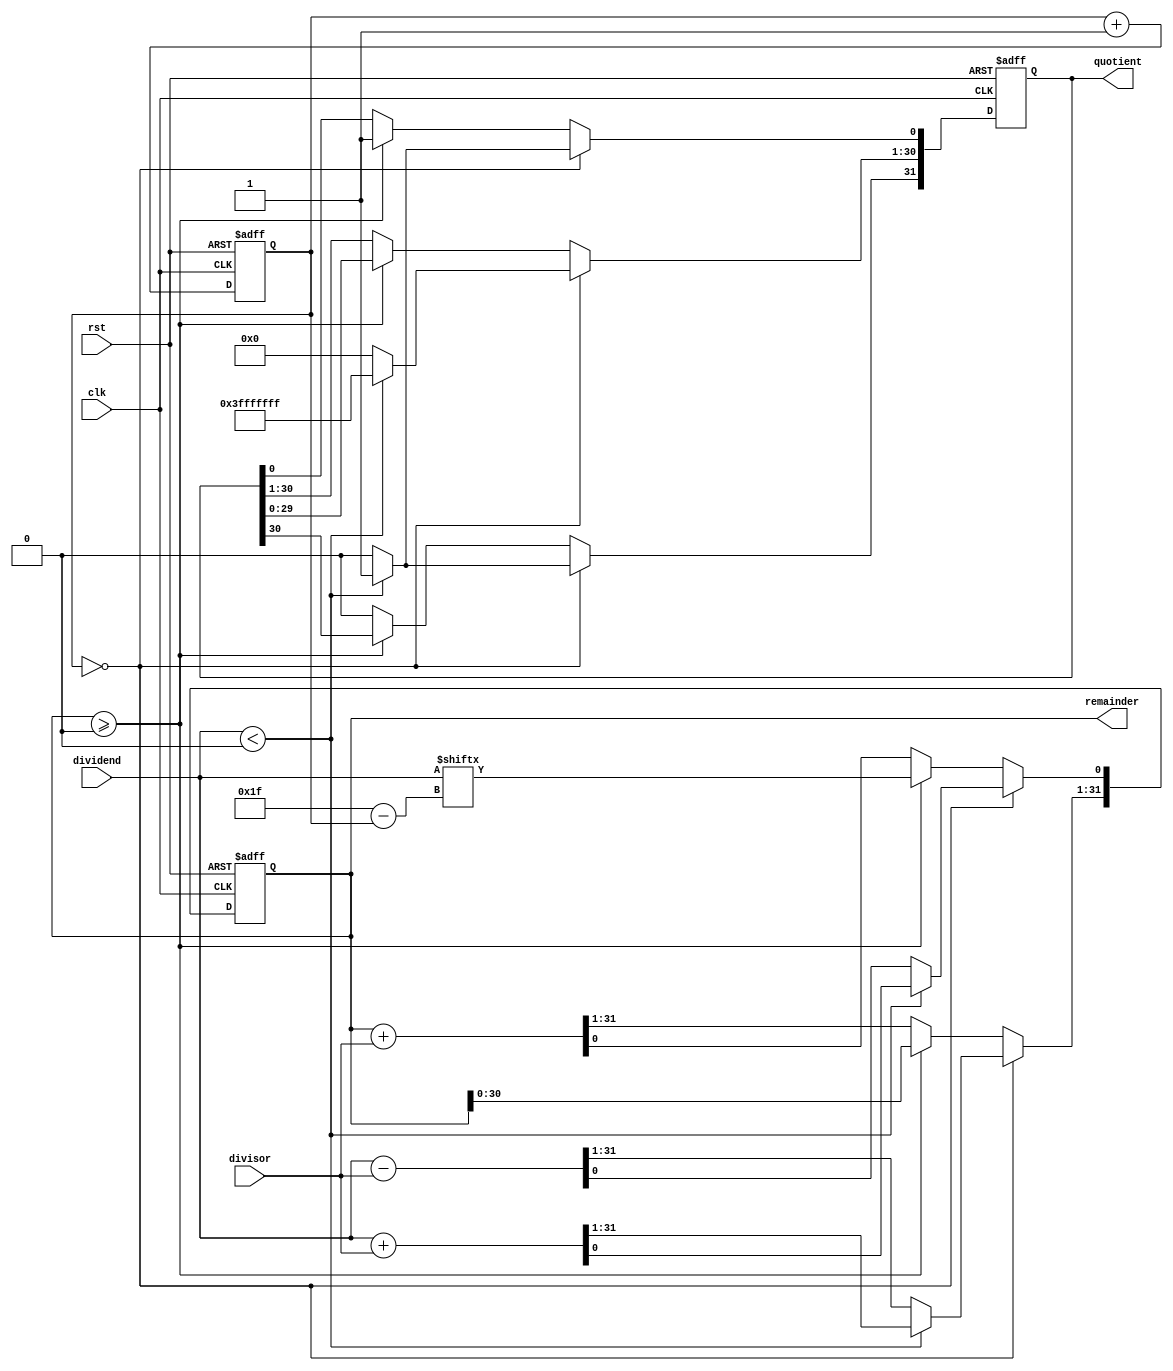
module Radix2_SRT_Divider (
  input wire signed [31:0] dividend,
  input wire signed [31:0] divisor,
  output wire signed [31:0] quotient,
  output wire signed [31:0] remainder,
  input wire clk,
  input wire rst
);

  // Define necessary signals and registers
  reg signed [31:0] partial_quotient;
  reg signed [31:0] partial_remainder;
  reg [4:0] iteration_count;
  
  // Initial values
  assign quotient = partial_quotient;
  assign remainder = partial_remainder;

  always @(posedge clk or posedge rst) begin
    if (rst) begin
      partial_quotient <= 0;
      partial_remainder <= 0;
      iteration_count <= 0;
    end else begin
      case (iteration_count)
        0: begin
          if (dividend < 0) begin
            partial_quotient <= -1;
            partial_remainder <= dividend + divisor;
          end else begin
            partial_quotient <= 0;
            partial_remainder <= dividend - divisor;
          end
        end
        default: begin
          if (partial_remainder >= 0) begin
            partial_quotient <= partial_quotient << 1;
            partial_quotient[0] <= 1;
            partial_remainder <= partial_remainder << 1;
            partial_remainder[0] <= dividend[31-iteration_count];
          end else begin
            partial_quotient[31] <= 0;
            partial_remainder <= partial_remainder + divisor;
          end
        end
      endcase
      iteration_count <= iteration_count + 1;
    end
  end

endmodule